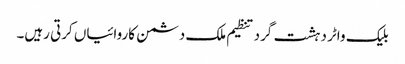
بلیک واٹر دہشت گرد تنظیم ملک دشمن کاروائیاں کرتی رہیں۔